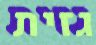
גזית